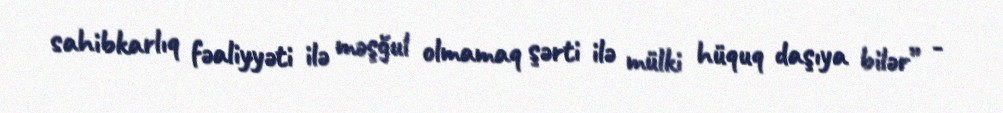
sahibkarlıq fəaliyyəti ilə məşğul olmamaq şərti ilə mülki hüquq daşıya bilər” -